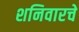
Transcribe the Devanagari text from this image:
शनिवारचे